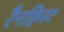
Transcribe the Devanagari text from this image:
रैनक्विस्ट